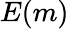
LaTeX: E(m)